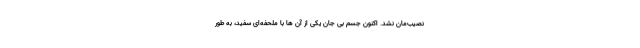
نصیب‌مان نشد. اکنون جسم بی جان یکی از آن ها با ملحفه‌ای سفید، به طور